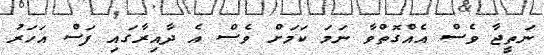
ނަތީޖާ ވެސް އެއްގޮތްވާ ނަމަ ކަމަށް ވެސް އެ ދާއިރާގައި ފަސް އަހަރު